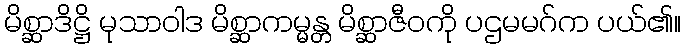
မိစ္ဆာဒိဋ္ဌိ မုသာဝါဒ မိစ္ဆာကမ္မန္တ မိစ္ဆာဇီဝကို ပဌမမဂ်က ပယ်၏။